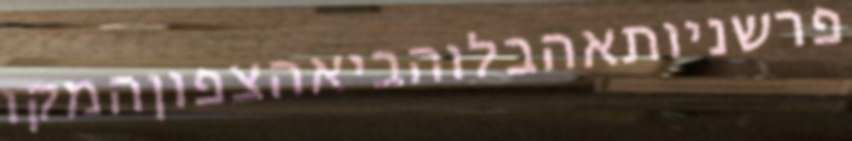
פרשניותאהבלוהביאהצפוןהמקו